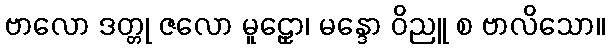
ဗာလော ဒတ္တု ဇလော မူဠှော၊ မန္ဒော ဝိညူ စ ဗာလိသော။